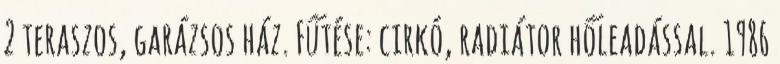
2 teraszos, garázsos ház. Fűtése: cirkó, radiátor hőleadással. 1986